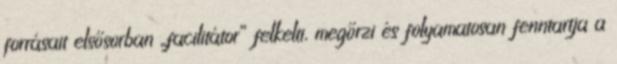
forrásait elsősorban „facilitátor” felkelti, megőrzi és folyamatosan fenntartja a